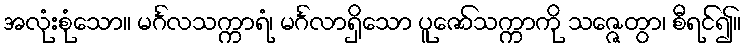
အလုံးစုံသော။ မင်္ဂလသက္ကာရံ၊ မင်္ဂလာရှိသော ပူဇော်သက္ကာကို သဇ္ဇေတွာ၊ စီရင်၍။